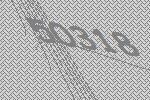
50318